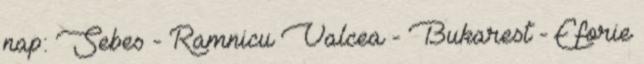
nap: Sebes - Ramnicu Valcea - Bukarest - Eforie